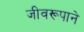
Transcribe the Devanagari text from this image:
जीवरूपाने